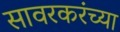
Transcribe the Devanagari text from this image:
सावरकरंच्या